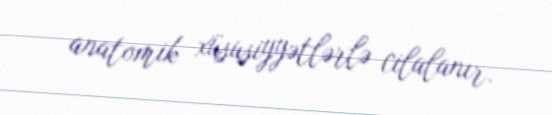
anatomik xüsusiyyətlərlə cilalanır.